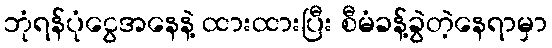
ဘုံရန်ပုံငွေအနေနဲ့ ထားထားပြီး စီမံခန့်ခွဲတဲ့နေရာမှာ